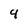
Character: 4